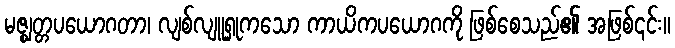
မဇ္ဈတ္တပယောဂတာ၊ လျစ်လျူရှုကသော ကာယိကပယောဂကို ဖြစ်စေသည်၏ အဖြစ်၎င်း။